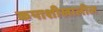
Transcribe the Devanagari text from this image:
कपाशीखालील